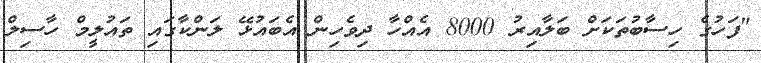
"ފަހުގެ ހިސާބުތަކަށް ބަލާއިރު 8000 އެއްހާ ދިވެހިން އެބައުޅޭ ލަންކާގައި ތައުލީމް ހާސިލް